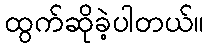
ထွက်ဆိုခဲ့ပါတယ်။